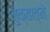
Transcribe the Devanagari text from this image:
मुक्तात्मे